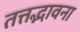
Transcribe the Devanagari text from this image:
तत्तद्भावना